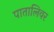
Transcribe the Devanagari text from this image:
पातालिवर